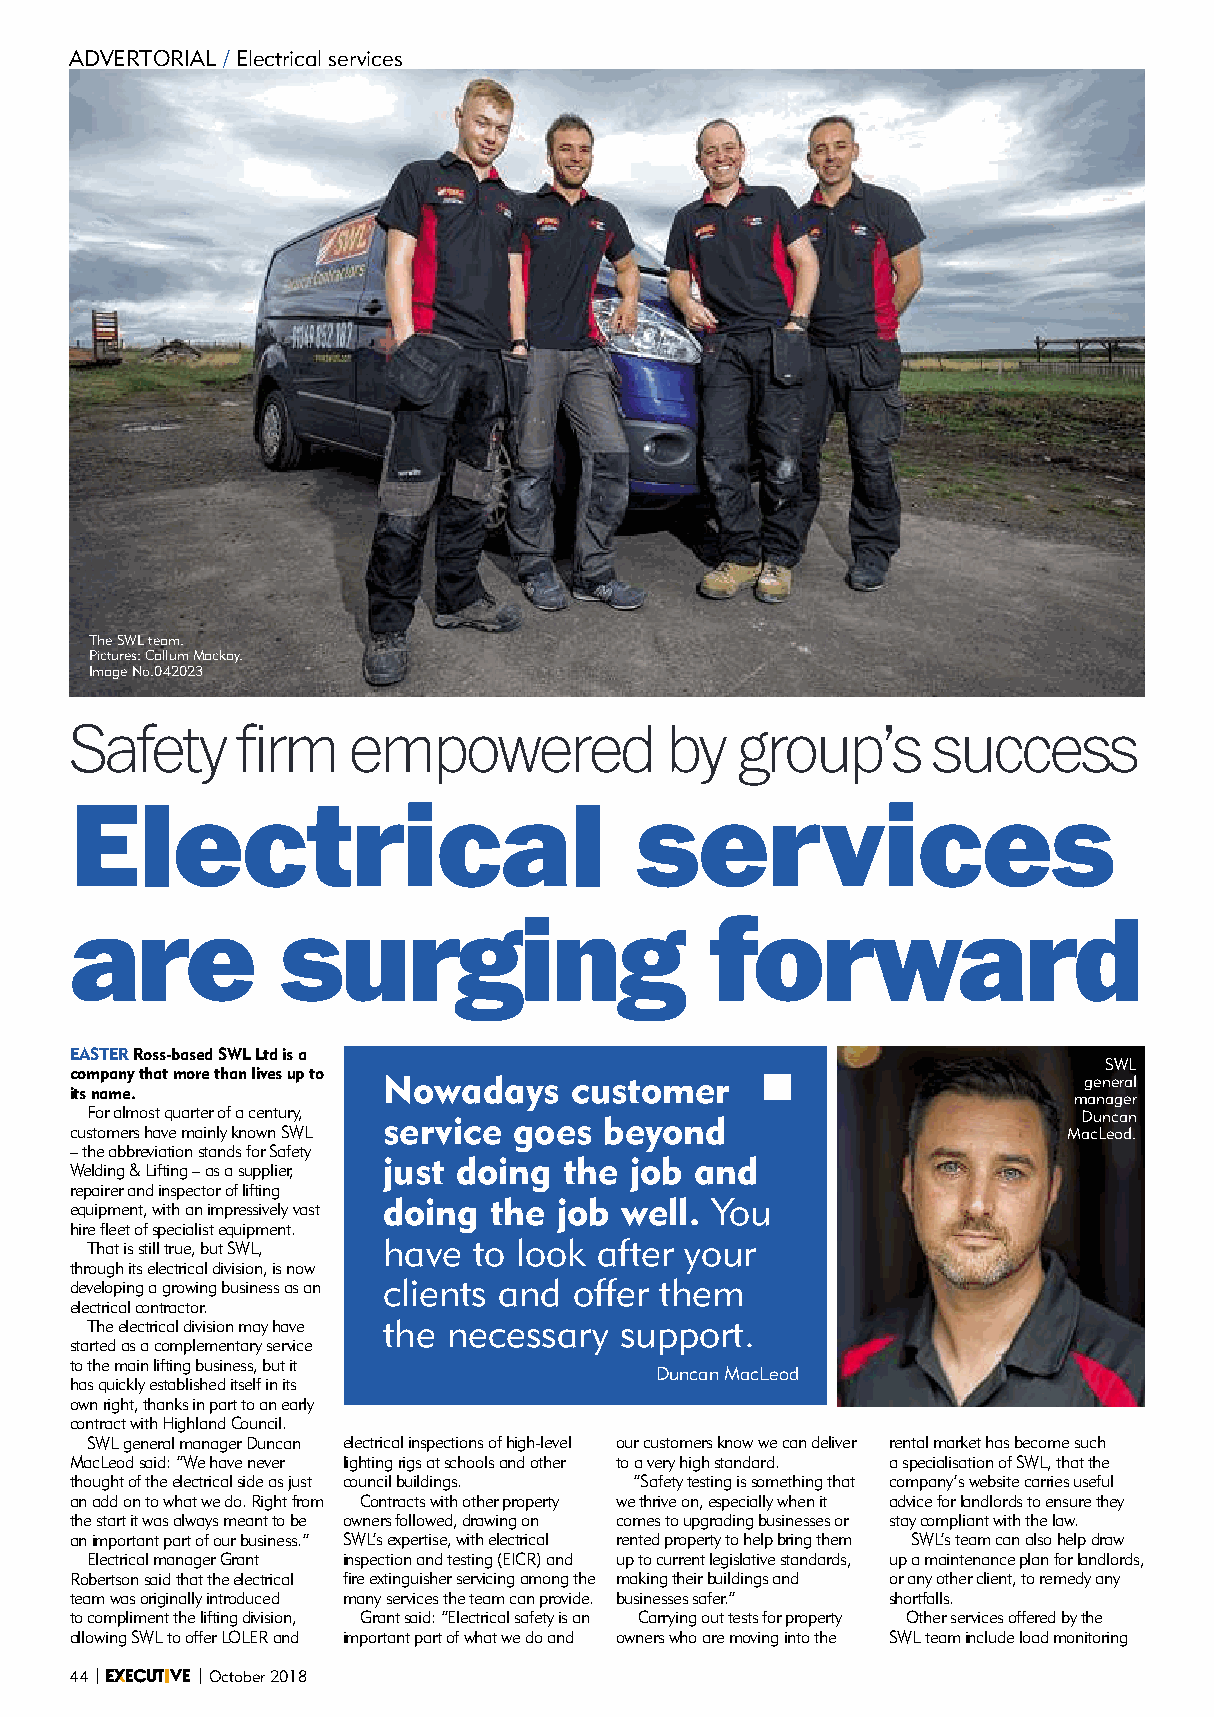
ADVERTORIAL / Electrical services
 TheSWLteam.
 Pictures:CallumMackay.
 ImageNo.042023
 safety     firm   empowered            by   group’s      success
 electrical                           services
 are           surging                     forward
 easterross-basedswlltdisa
 SWL
 companythatmorethanlivesupto Nowadays customer
 general
 itsname.
 manager
 Foralmostquarterofacentury, service goes beyond                   Duncan
 customershavemainlyknownSWL                                       MacLeod.
 –theabbreviationstandsforSafety just doing the job and
 Welding&Lifting–asasupplier,
 repairerandinspectoroflifting
 doing  the  job well. You
 equipment,withanimpressivelyvast
 hirefleetofspecialistequipment.
 have  to look after your
 Thatisstilltrue,butSWL,
 throughitselectricaldivision,isnow
 clients and  offer them
 developingagrowingbusinessasan
 electricalcontractor.
 the  necessary  support.
 Theelectricaldivisionmayhave
 startedasacomplementaryservice
 tothemainliftingbusiness,butit
 DuncanMacLeod
 hasquicklyestablisheditselfinits
 ownright,thanksinparttoanearly
 contractwithHighlandCouncil.
 SWLgeneralmanagerDuncan electricalinspectionsofhigh-level ourcustomersknowwecandeliver rentalmarkethasbecomesuch
 MacLeodsaid:“Wehavenever lightingrigsatschoolsandother toaveryhighstandard. aspecialisationofSWL,thatthe
 thoughtoftheelectricalsideasjust councilbuildings. “Safetytestingissomethingthat company’swebsitecarriesuseful
 anaddontowhatwedo.Rightfrom Contractswithotherproperty wethriveon,especiallywhenit adviceforlandlordstoensurethey
 thestartitwasalwaysmeanttobe ownersfollowed,drawingon comestoupgradingbusinessesor staycompliantwiththelaw.
 animportantpartofourbusiness.” SWL’sexpertise,withelectrical rentedpropertytohelpbringthem SWL’steamcanalsohelpdraw
 ElectricalmanagerGrant inspectionandtesting(EICR)and uptocurrentlegislativestandards, upamaintenanceplanforlandlords,
 Robertsonsaidthattheelectrical fireextinguisherservicingamongthe makingtheirbuildingsand oranyotherclient,toremedyany
 teamwasoriginallyintroduced manyservicestheteamcanprovide. businessessafer.” shortfalls.
 tocomplimenttheliftingdivision, Grantsaid:“Electricalsafetyisan Carryingouttestsforproperty Otherservicesofferedbythe
 allowingSWLtoofferLOLERand importantpartofwhatwedoand ownerswhoaremovingintothe SWLteamincludeloadmonitoring
 44|     |October2018